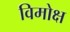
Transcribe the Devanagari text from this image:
विमोक्ष